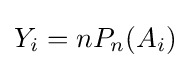
Y_{i}=nP_{n}(A_{i})